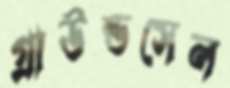
গ্রাউন্ডসেল